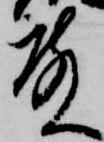
殿